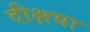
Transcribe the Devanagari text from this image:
दीक्षया